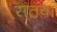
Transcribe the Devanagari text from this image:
सतवां